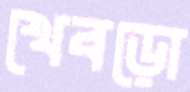
খেবড়ো